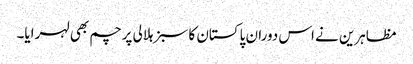
مظاہرین نے اس دوران پاکستان کا سبز ہلالی پرچم بھی لہرایا۔